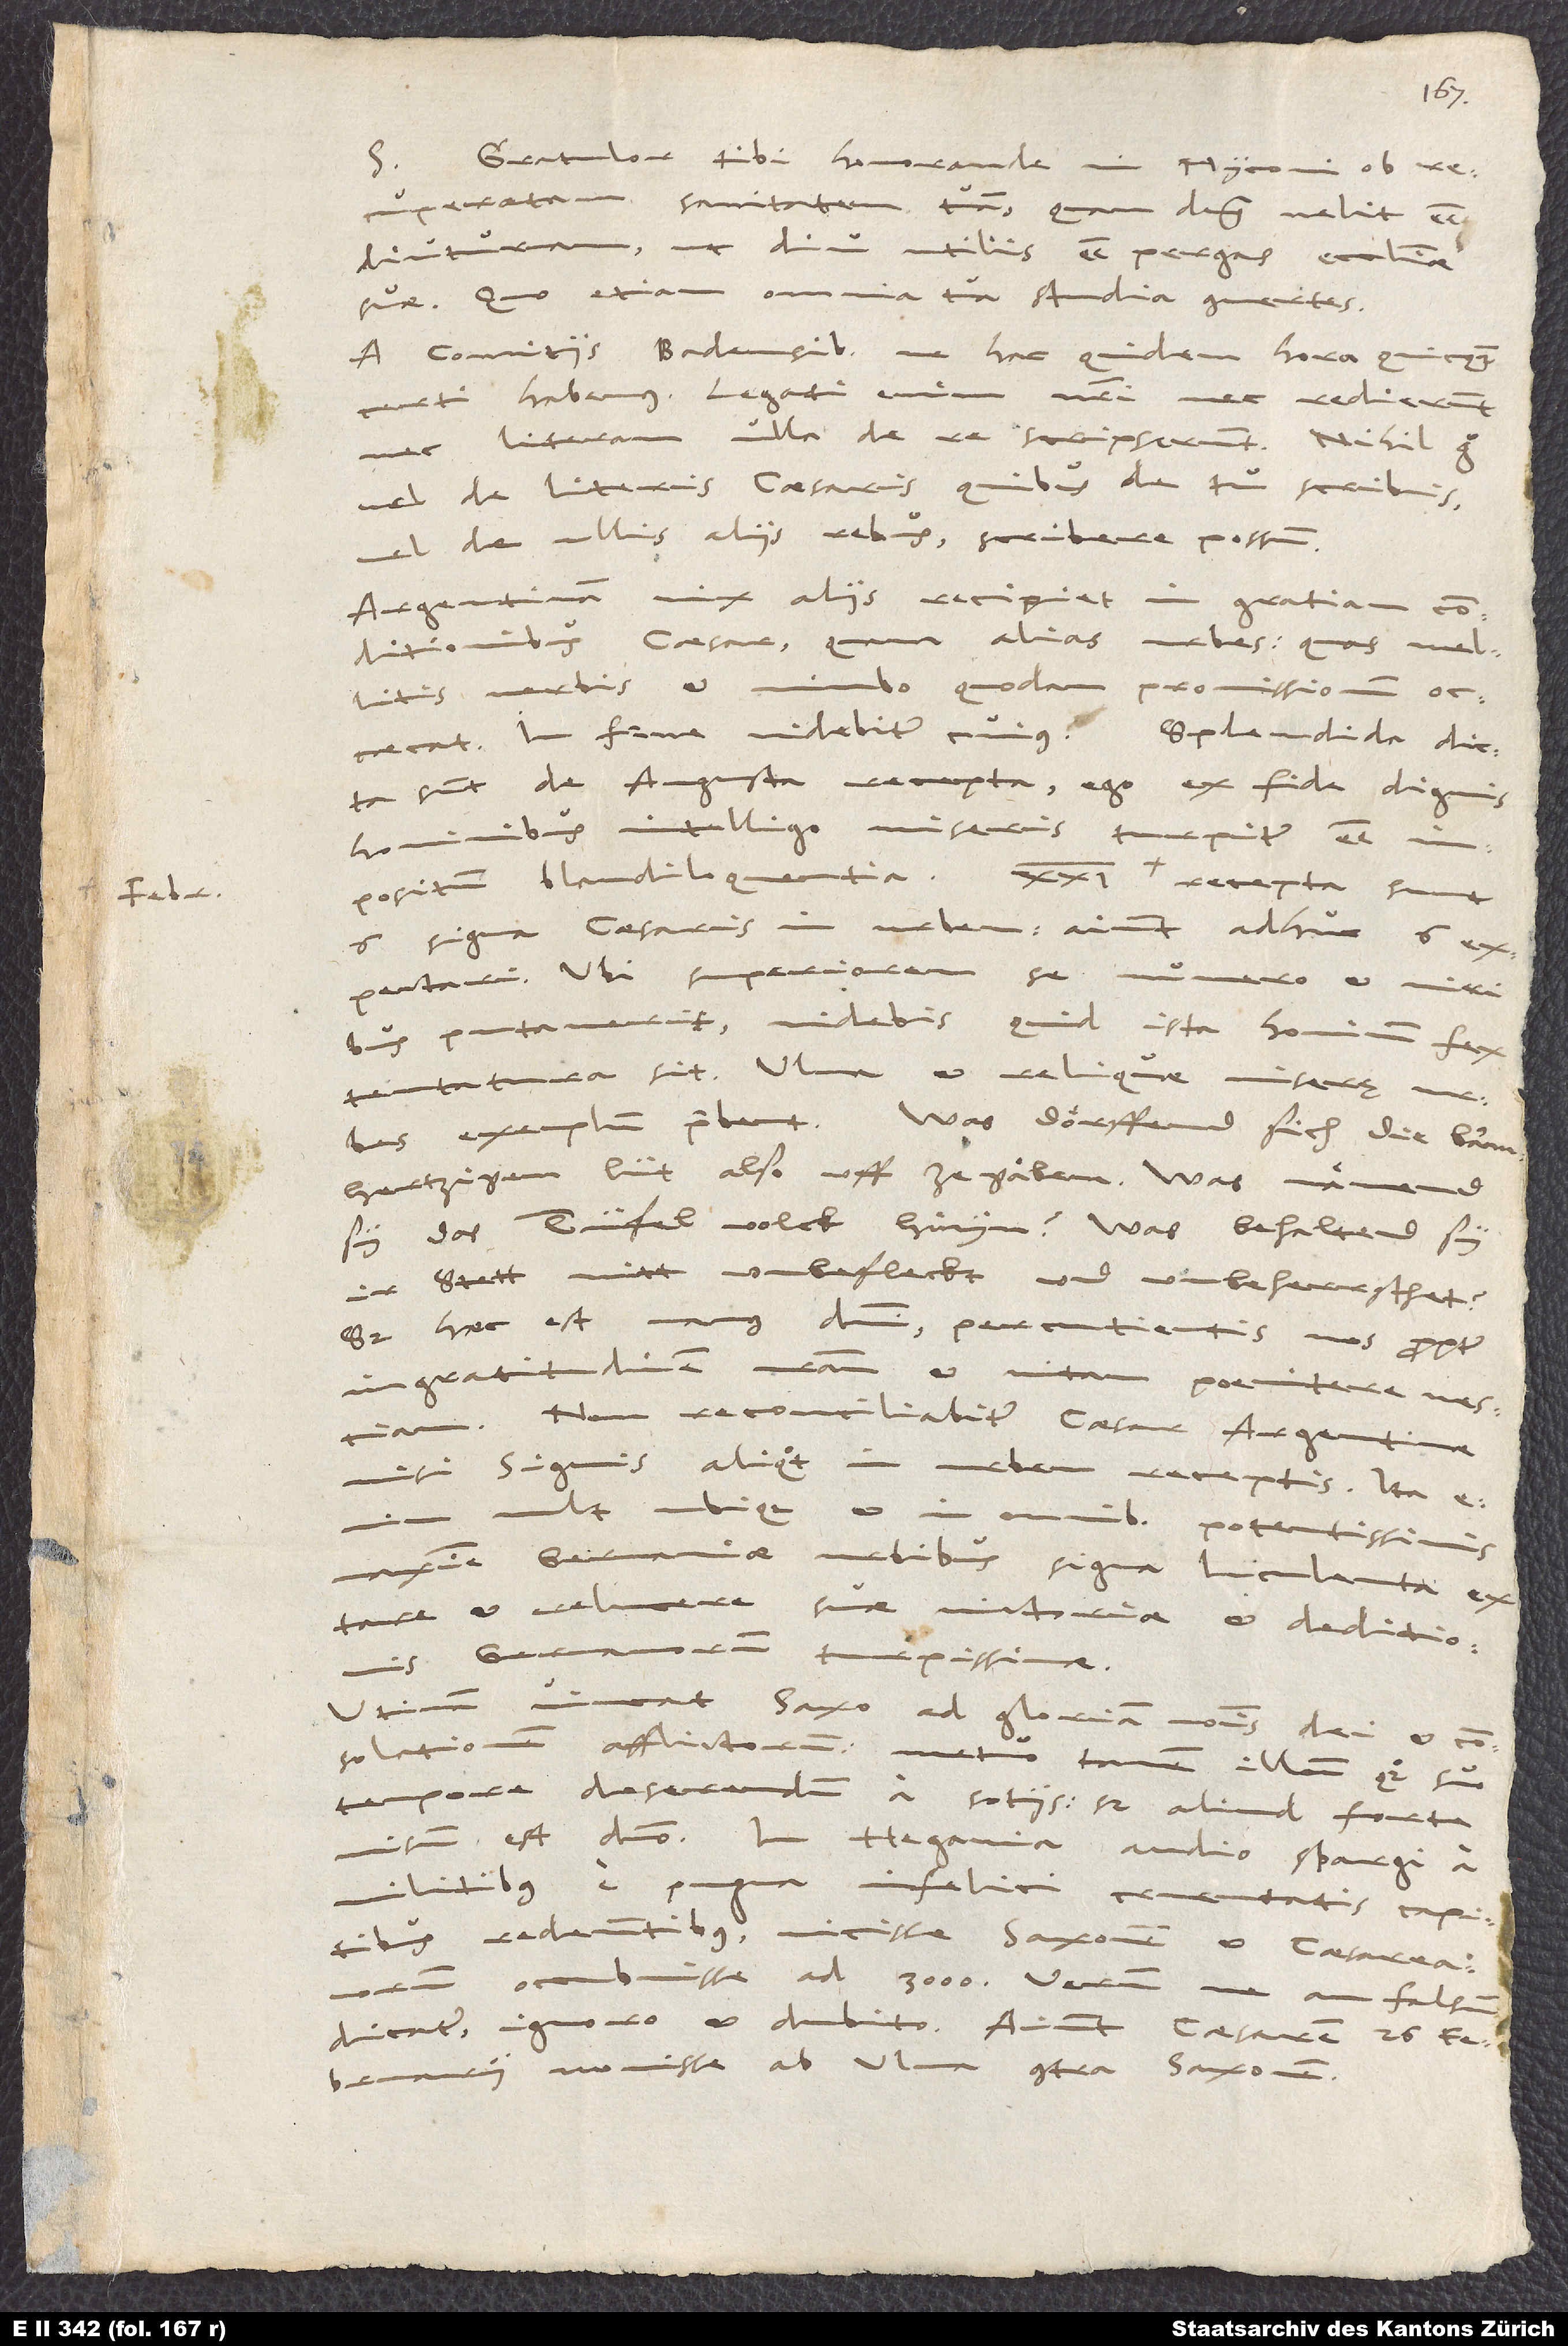
februarii

Gratulor tibi, honorande mi Myconi, ob
S.
recuperatam sanitatem tuam, quam dominus velit esse
diuturnam, ut diu utilis esse pergas ecclesiae
suae; quo etiam omnia tua studia convertas!
A comitiis Badensibus ne hac quidem hora quicquam
certi habemus. Legati enim nostri nec redierunt
nec literam ulla de re scripserunt. Nihil ergo
vel de literis caesaris, quibus de tu scribis,
vel de ullis aliis rebus scribere possum.
Argentinam vix aliis recipiet in gratiam
conditionibus caesar quam alias urbes, quas mellitis
verbis et nimbo quodam promissionum occaecat;
sunt de Augusta recepta. Ego ex fide dignis
hominibus intelligo miseris turpiter esse
impositum blandiloquentia. 21. februarii recepta sunt
6 signa caesaris in urbem. Aiunt adhuc 6
expectari. Ubi superiorem se numero et viribus
putaverit, videbis, quid ista hominum fex
exemplum praebent. Was doͤrffend sich die barmhertzigen
sy das tüfelvolck hinyn? Was behaltend sy
stett nitt unbefleckt und unbeherrschet?
Sed haec est manus domini percutientis nos propter
ingratitudinem nostram et vitam poenitere nesciam.
Non reconciliabitur caesar Argentinae,
nisi signis aliquot in urbem receptis. Ita
vult ubique et in omnibus potentissimis
maxime Germaniae urbibus signa luculenta extare
et relucere suae victoriae et deditionis
Germanorum turpissimae.
Utinam vincat Saxo ad gloriam nominis dei et
consolationem afflictorum! Metuo tamen illum quoque suo
tempore deserendum a sotiis. Sed aliud forte
visum est domino. In Hegavia audio spargi a
militibus e pugna infelici cruentatis capitibus
redeuntibus vicisse Saxonem et caesareanorum
occubuisse ad 3’000. Verumne an falsum
dicatur, ignoro et dubito. Aiunt caesarem 26.
movisse ab Ulma contra Saxonem.